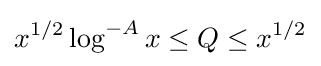
x^{1/2}\log ^{-A}x\leq Q\leq x^{1/2}